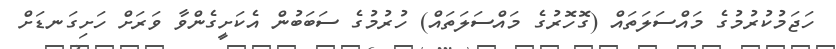
ހަޖަމުކުރުމުގެ މައްސަލަތައް (ގޮހޮރުގެ މައްސަލަތައް) ހުރުމުގެ ސަބަބުން އެކަށީގެންވާ ވަރަށް ހަށިގަނޑަށް